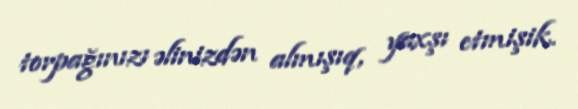
torpağınızı əlinizdən almışıq, yaxşı etmişik.